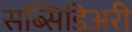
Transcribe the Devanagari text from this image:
सब्सिडिअरी